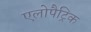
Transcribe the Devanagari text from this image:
एलोपैट्रिक